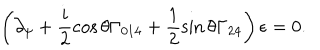
LaTeX: \left( \partial _ { \psi } + \frac { i } { 2 } \cos \theta \Gamma _ { 0 1 4 } + \frac { 1 } { 2 } \sin \theta \Gamma _ { 2 4 } \right) \epsilon = 0 .